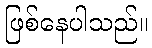
ဖြစ်နေပါသည်။